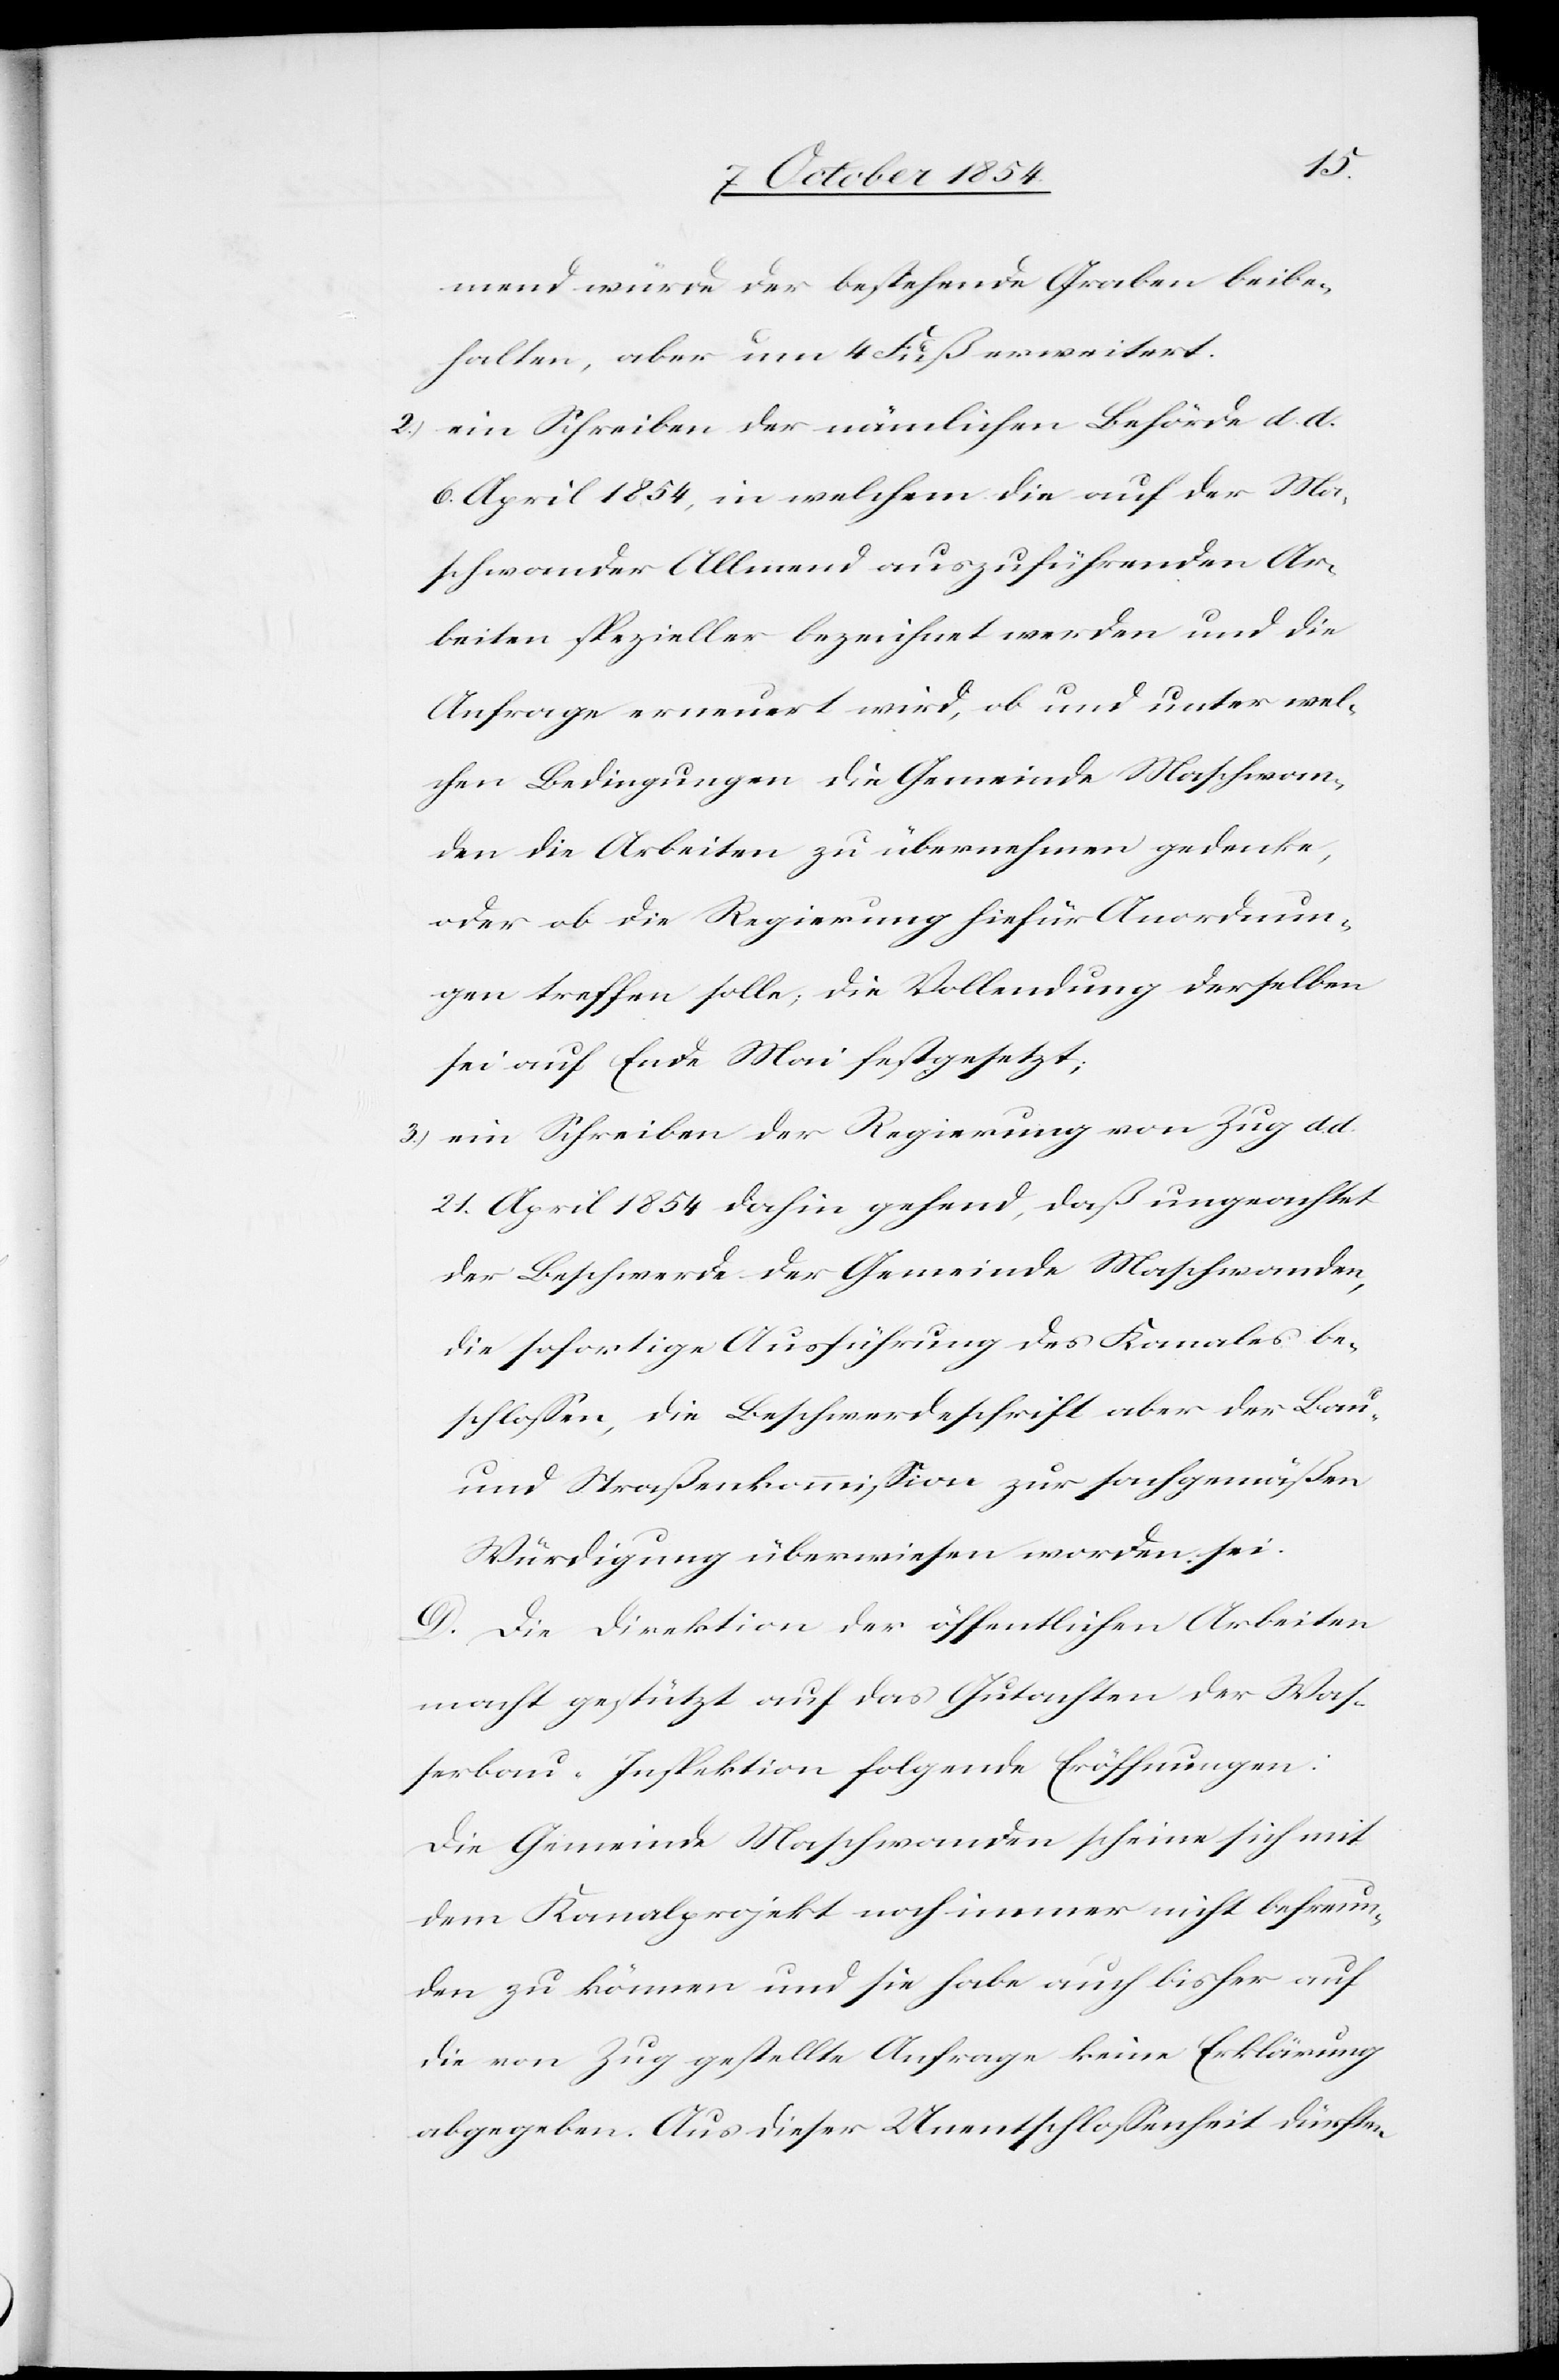
d.
mend würde der bestehende Graben beibe¬
halten, aber um 4 Fuß erweitert.
2.) ein Schreiben der nämlichen Behörde d. d.
6. April 1854, in welchem die auf der Ma¬
schwander Allmend auszuführenden Ar¬
beiten spezieller bezeichnet werden und die
Anfrage erneuert wird, ob und unter wel¬
chen Bedingungen die Gemeinde Maschwan¬
den die Arbeiten zu übernehmen gedenke,
oder ob die Regierung hiefür Anordnun¬
gen treffen solle; die Vollendung derselben
sei auf Ende Mai festgesetzt;
3.) ein Schreiben der Regierung von Zug d.
21. April 1854 dahin gehend, daß ungeachtet
der Beschwerde der Gemeinde Maschwanden,
die sofortige Ausführung des Kanales be¬
schloßen, die Beschwerdeschrift aber der Bau-
und Straßenkommißion zur sachgemäßen
Würdigung überwiesen worden sei.
D. Die Direktion der öffentlichen Arbeiten
macht gestützt auf das Gutachten der Was¬
serbau-Inspektion folgende Eröffnungen:
Die Gemeinde Maschwanden scheine sich mit
dem Kanalprojekt noch immer nicht befreun¬
den zu können und sie habe auch bisher auf
die von Zug gestellte Anfrage keine Erklärung
abgegeben. Aus dieser Unentschloßenheit dürften